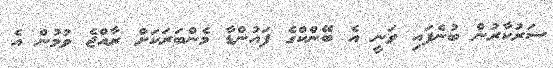
ސަރުކާރުން ބުނެފައި ވަނީ އެ ބޭންކްގެ ފައުންޑާ މެންބަރަކަށް ރާއްޖެ ވުމުން އެ